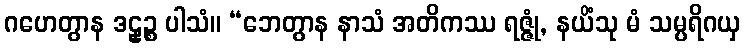
ဂဟေတွာန ဒဠှဉ္စ ပါသံ။ “ဘေတွာန နာသံ အတိကဿ ရဇ္ဇုံ, နယိံသု မံ သမ္ပရိဂယှ